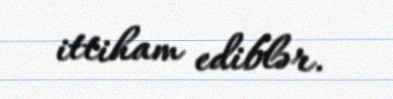
ittiham ediblər.